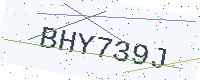
Text: BHY739J